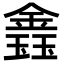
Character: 𨫎